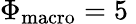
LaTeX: \Phi_{\textup{macro}}=5\